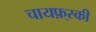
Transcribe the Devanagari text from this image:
चायफ़्स्की